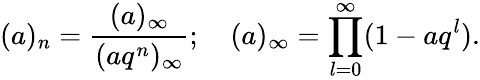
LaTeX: (a)_{n}=\frac{(a)_{\infty}}{(aq^{n})_{\infty}};\quad(a)_{\infty}=\prod_{l=0}^{\infty}(1-aq^{l}).